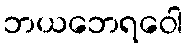
ဘယဘေရဝေါ